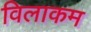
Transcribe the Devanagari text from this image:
विलाकम